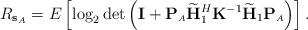
LaTeX: \begin{align*} R_{\mathbf{s}_{\scriptscriptstyle{A}}} = E \left[ \log_2 \det\left( \mathbf{I} + \mathbf{P}_{\scriptscriptstyle{A}} \widetilde{\mathbf{H}}_1^H \mathbf{K}^{-1} \widetilde{\mathbf{H}}_1 \mathbf{P}_{\scriptscriptstyle{A}} \right)\right].\end{align*}